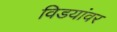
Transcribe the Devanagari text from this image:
विडयांवर